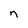
Character: n